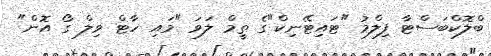
ބްލޮކްބަސްޓާ ފިލްމު "ޓައިޓޭނިކް"ގެ ތީމް ލަވަ "މައި ހާޓް ވިލް ގޯ އޮން"